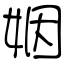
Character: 姻